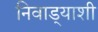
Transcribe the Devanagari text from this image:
निवाड्याशी